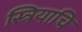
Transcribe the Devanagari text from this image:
स्त्रियाचि